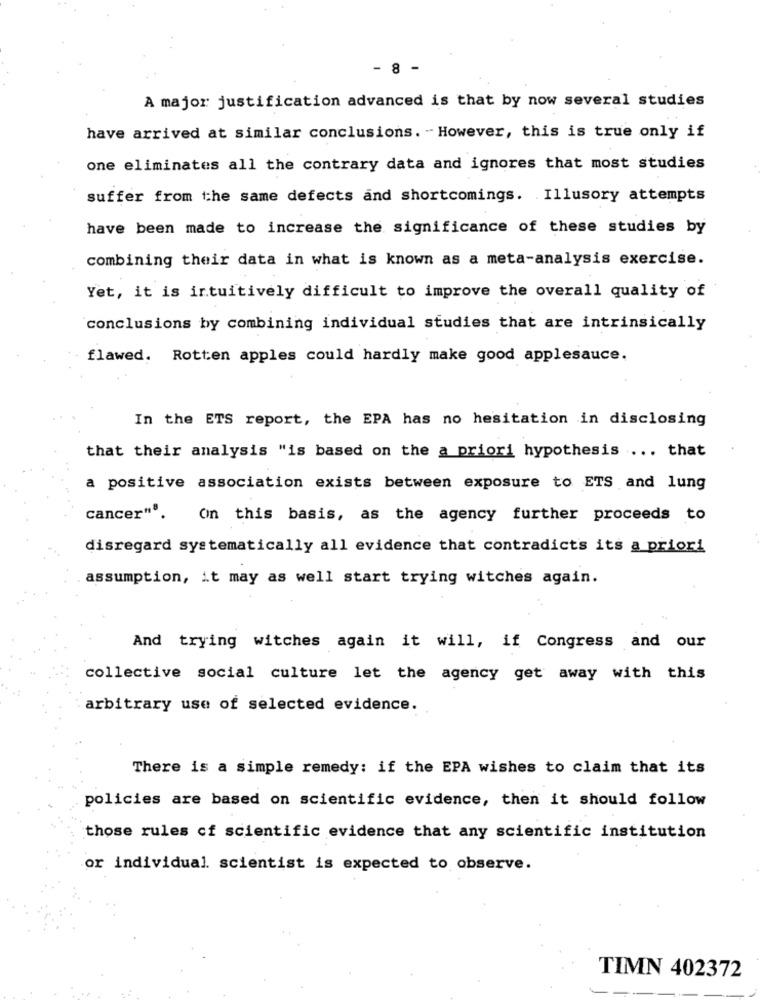
- 8 -
A major justification advanced is that by now several studies
have arrived at similar conclusions. - However, this is true only if
one eliminates all the contrary data and ignores that most studies
suffer from the same defects and shortcomings. Illusory attempts
have been made to increase the significance of these studies by
combining their data in what is known as a meta-analysis exercise.
Yet, it is intuitively difficult to improve the overall quality of
conclusions by combining individual studies that are intrinsically
flawed. Rotten apples could hardly make good applesauce.
In the ETS report, the EPA has no hesitation in disclosing
that their analysis "is based on the a priori hypothesis ... that
a positive association exists between exposure to ETS and lung
cancer"".
On this basis, as the agency further proceeds to
disregard systematically all evidence that contradicts its a priori
assumption, it may as well start trying witches again.
And trying witches again it will, if Congress and our
collective social culture let the agency get away with this
arbitrary use of selected evidence.
There is a simple remedy: if the EPA wishes to claim that its
policies are based on scientific evidence, then it should follow
those rules of scientific evidence that any scientific institution
or individual. scientist is expected to observe.
TIMN 402372